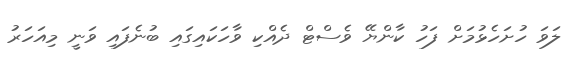
ލަވަ ހުށަހެޅުމަށް ފަހު ކާންޔޭ ވެސްޓް ދެއްކި ވާހަކައިގައި ބުނެފައި ވަނީ މިއަހަރު